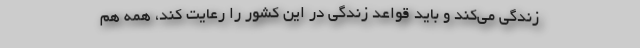
زندگی می‌کند و‌ باید قواعد زندگی در این کشور را رعایت کند، همه هم